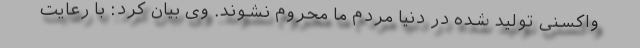
واکسنی تولید شده در دنیا مردم ما محروم نشوند. وی بیان کرد: با رعایت